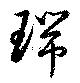
瑞